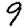
Digit: 9